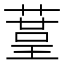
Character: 𦹒